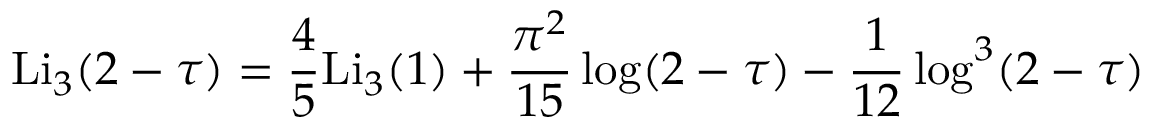
\mathrm { L i } _ { 3 } ( 2 - \tau ) = \frac { 4 } { 5 } \mathrm { L i } _ { 3 } ( 1 ) + \frac { \pi ^ { 2 } } { 1 5 } \log ( 2 - \tau ) - \frac { 1 } { 1 2 } \log ^ { 3 } ( 2 - \tau )